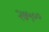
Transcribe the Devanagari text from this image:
२७५००